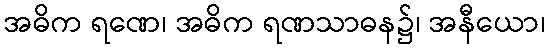
အဓိက ရဏေ၊ အဓိက ရဏသာဓန၌၊ အနီယော၊